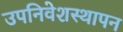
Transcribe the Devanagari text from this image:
उपनिवेशस्थापन